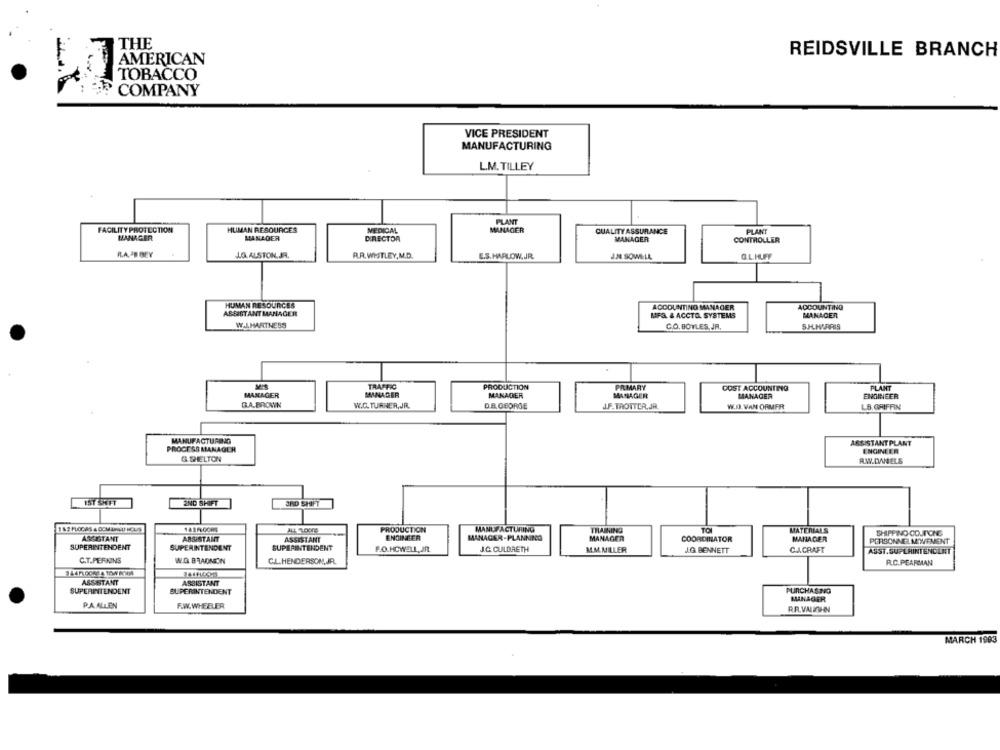
THE
REIDSVILLE BRANCH
TOBACCO
COMPANY
VICE PRESIDENT
MANUFACTURING
L.M. TILLEY
PLANT
FACILITY PROTECTION
HUMAN RESOURCES
MEDICAL
MANAGER
QUALITY ASSURANCE
PLANT
MANAGER
MANAGER
DIRECTOR
MANAGER
CONTROLLER
R.A. AB BEY
LO. ALSTON,JR.
R.R.WHITLEY,M.D.
E.S. HARLOW.JR.
J.N.SOWELL
GLHUFF
HUMAN RESOURCES
ACCOUNTING MANAGER
ACCOUNTING
ASSISTANT MANAGER
MFA & ACCTO. SYSTEMS
MANAGER
W.I.HARTNESS
C.O. BOYLES, JR.
TRAFFIC
PRODUCTION
PRMARY
COST ACCOUNTING
PLANT
MANAGER
MANAGER
MANAGER
MANAGER
MANAGER
ENGINEER
GA.BROWN
W.C. TURNER,JR.
DE GEORGE
J.F.TROTTER,JR.
W.I. VAN ORMER
LB. GRIFFIN
MANUFACTURING
ASSISTANT PLANT
PROCESS MANAGER
ENCHINEER
G. SHELTON
RW.DANELS
2ND SHIFT
PRODUCTION
MANUFACTURING
THAINING
TO
MATERIALS
SHIPPING-CO.JPCHE
ASSISTANT
ASSISTANT
ASSISTANT
ENGINEER
MANAGER-PLANNING
MANAGER
COORDINATOR
MANAGER
PERSONNELMIWEMENT
SUPERINTENDENT
SUPERINTENDENT
SUPERINTENDENT
J.C. CULDRETH
F.O.HCWELL, JR.
M.M.MILLER
J.G. BENNETT
C.A.CRAFT
AUST.SUPERINTENDENT
C.T.PERKINS
W.G. BRADNON
C.L.HENDERSON,JR.
R.C.PEARMAN
ASSISTANT
ASSISTANT
SUPERINTENDENT
SUPERINTENDENT
PURCHASING
MANAGER
P.A. ALLEN
F.W.WHEELER
RR.VAIHN
MARCH 1993